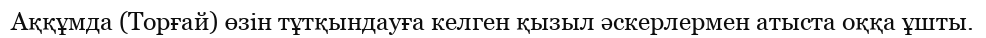
Аққұмда (Торғай) өзін тұтқындауға келген қызыл әскерлермен атыста оққа ұшты.